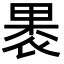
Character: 褁